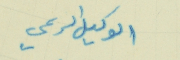
الوكيل الرسمي